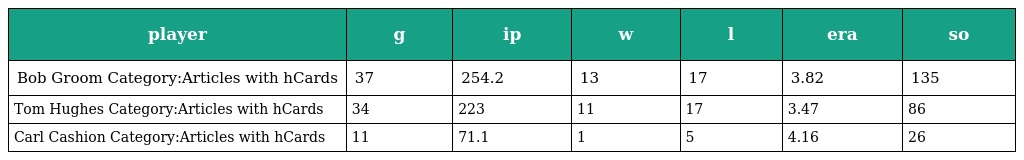
| player | g | ip | w | l | era | so |
 | --- | --- | --- | --- | --- | --- | --- |
 | Bob Groom Category:Articles with hCards | 37 | 254.2 | 13 | 17 | 3.82 | 135 |
 | Tom Hughes Category:Articles with hCards | 34 | 223 | 11 | 17 | 3.47 | 86 |
 | Carl Cashion Category:Articles with hCards | 11 | 71.1 | 1 | 5 | 4.16 | 26 |